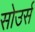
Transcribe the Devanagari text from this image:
सोउर्स